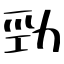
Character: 勁